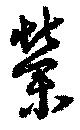
榮